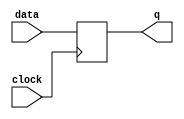
module  lpm_dff_IR_ff
	( 
	clock,
	data,
	q) /* synthesis synthesis_clearbox=1 */;
	input   clock;
	input   [7:0]  data;
	output   [7:0]  q;
`ifndef ALTERA_RESERVED_QIS
// synopsys translate_off
`endif
	tri0   [7:0]  data;
`ifndef ALTERA_RESERVED_QIS
// synopsys translate_on
`endif

	reg	[7:0]	ff_dffe;
	wire enable;

	// synopsys translate_off
	initial
		ff_dffe = 0;
	// synopsys translate_on
	always @ ( posedge clock)
		if (enable == 1'b1)   ff_dffe <= data;
	assign
		enable = 1'b1,
		q = ff_dffe;
endmodule
module lpm_dff_IR (
	clock,
	data,
	q)/* synthesis synthesis_clearbox = 1 */;

	input	  clock;
	input	[7:0]  data;
	output	[7:0]  q;

	wire [7:0] sub_wire0;
	wire [7:0] q = sub_wire0[7:0];

	lpm_dff_IR_ff	lpm_dff_IR_ff_component (
				.clock (clock),
				.data (data),
				.q (sub_wire0));

endmodule